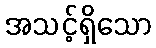
အသင့်ရှိသော